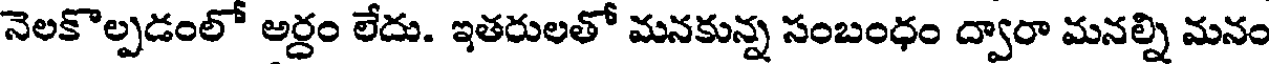
నెలకొల్పడంలో అర్ధం లేదు. ఇతరులతో మనకున్న సంబంధం ద్వారా మనల్ని మనం